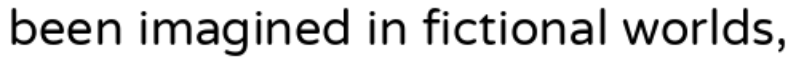
been imagined in fictional worlds,